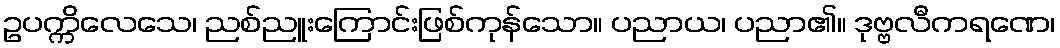
ဥပက္ကိလေသေ၊ ညစ်ညူးကြောင်းဖြစ်ကုန်သော။ ပညာယ၊ ပညာ၏။ ဒုဗ္ဗလီကရဏေ၊